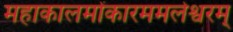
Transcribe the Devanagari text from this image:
महाकालमोंकारममलेश्वरम्